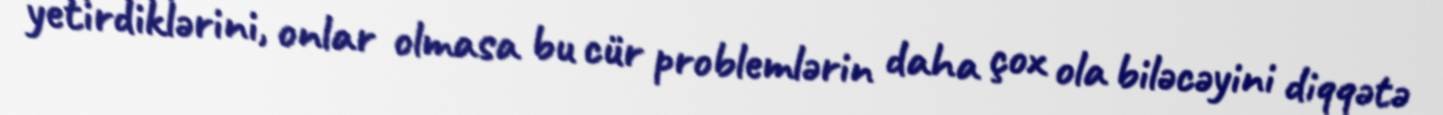
yetirdiklərini, onlar olmasa bu cür problemlərin daha çox ola biləcəyini diqqətə